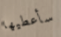
سأعطيها